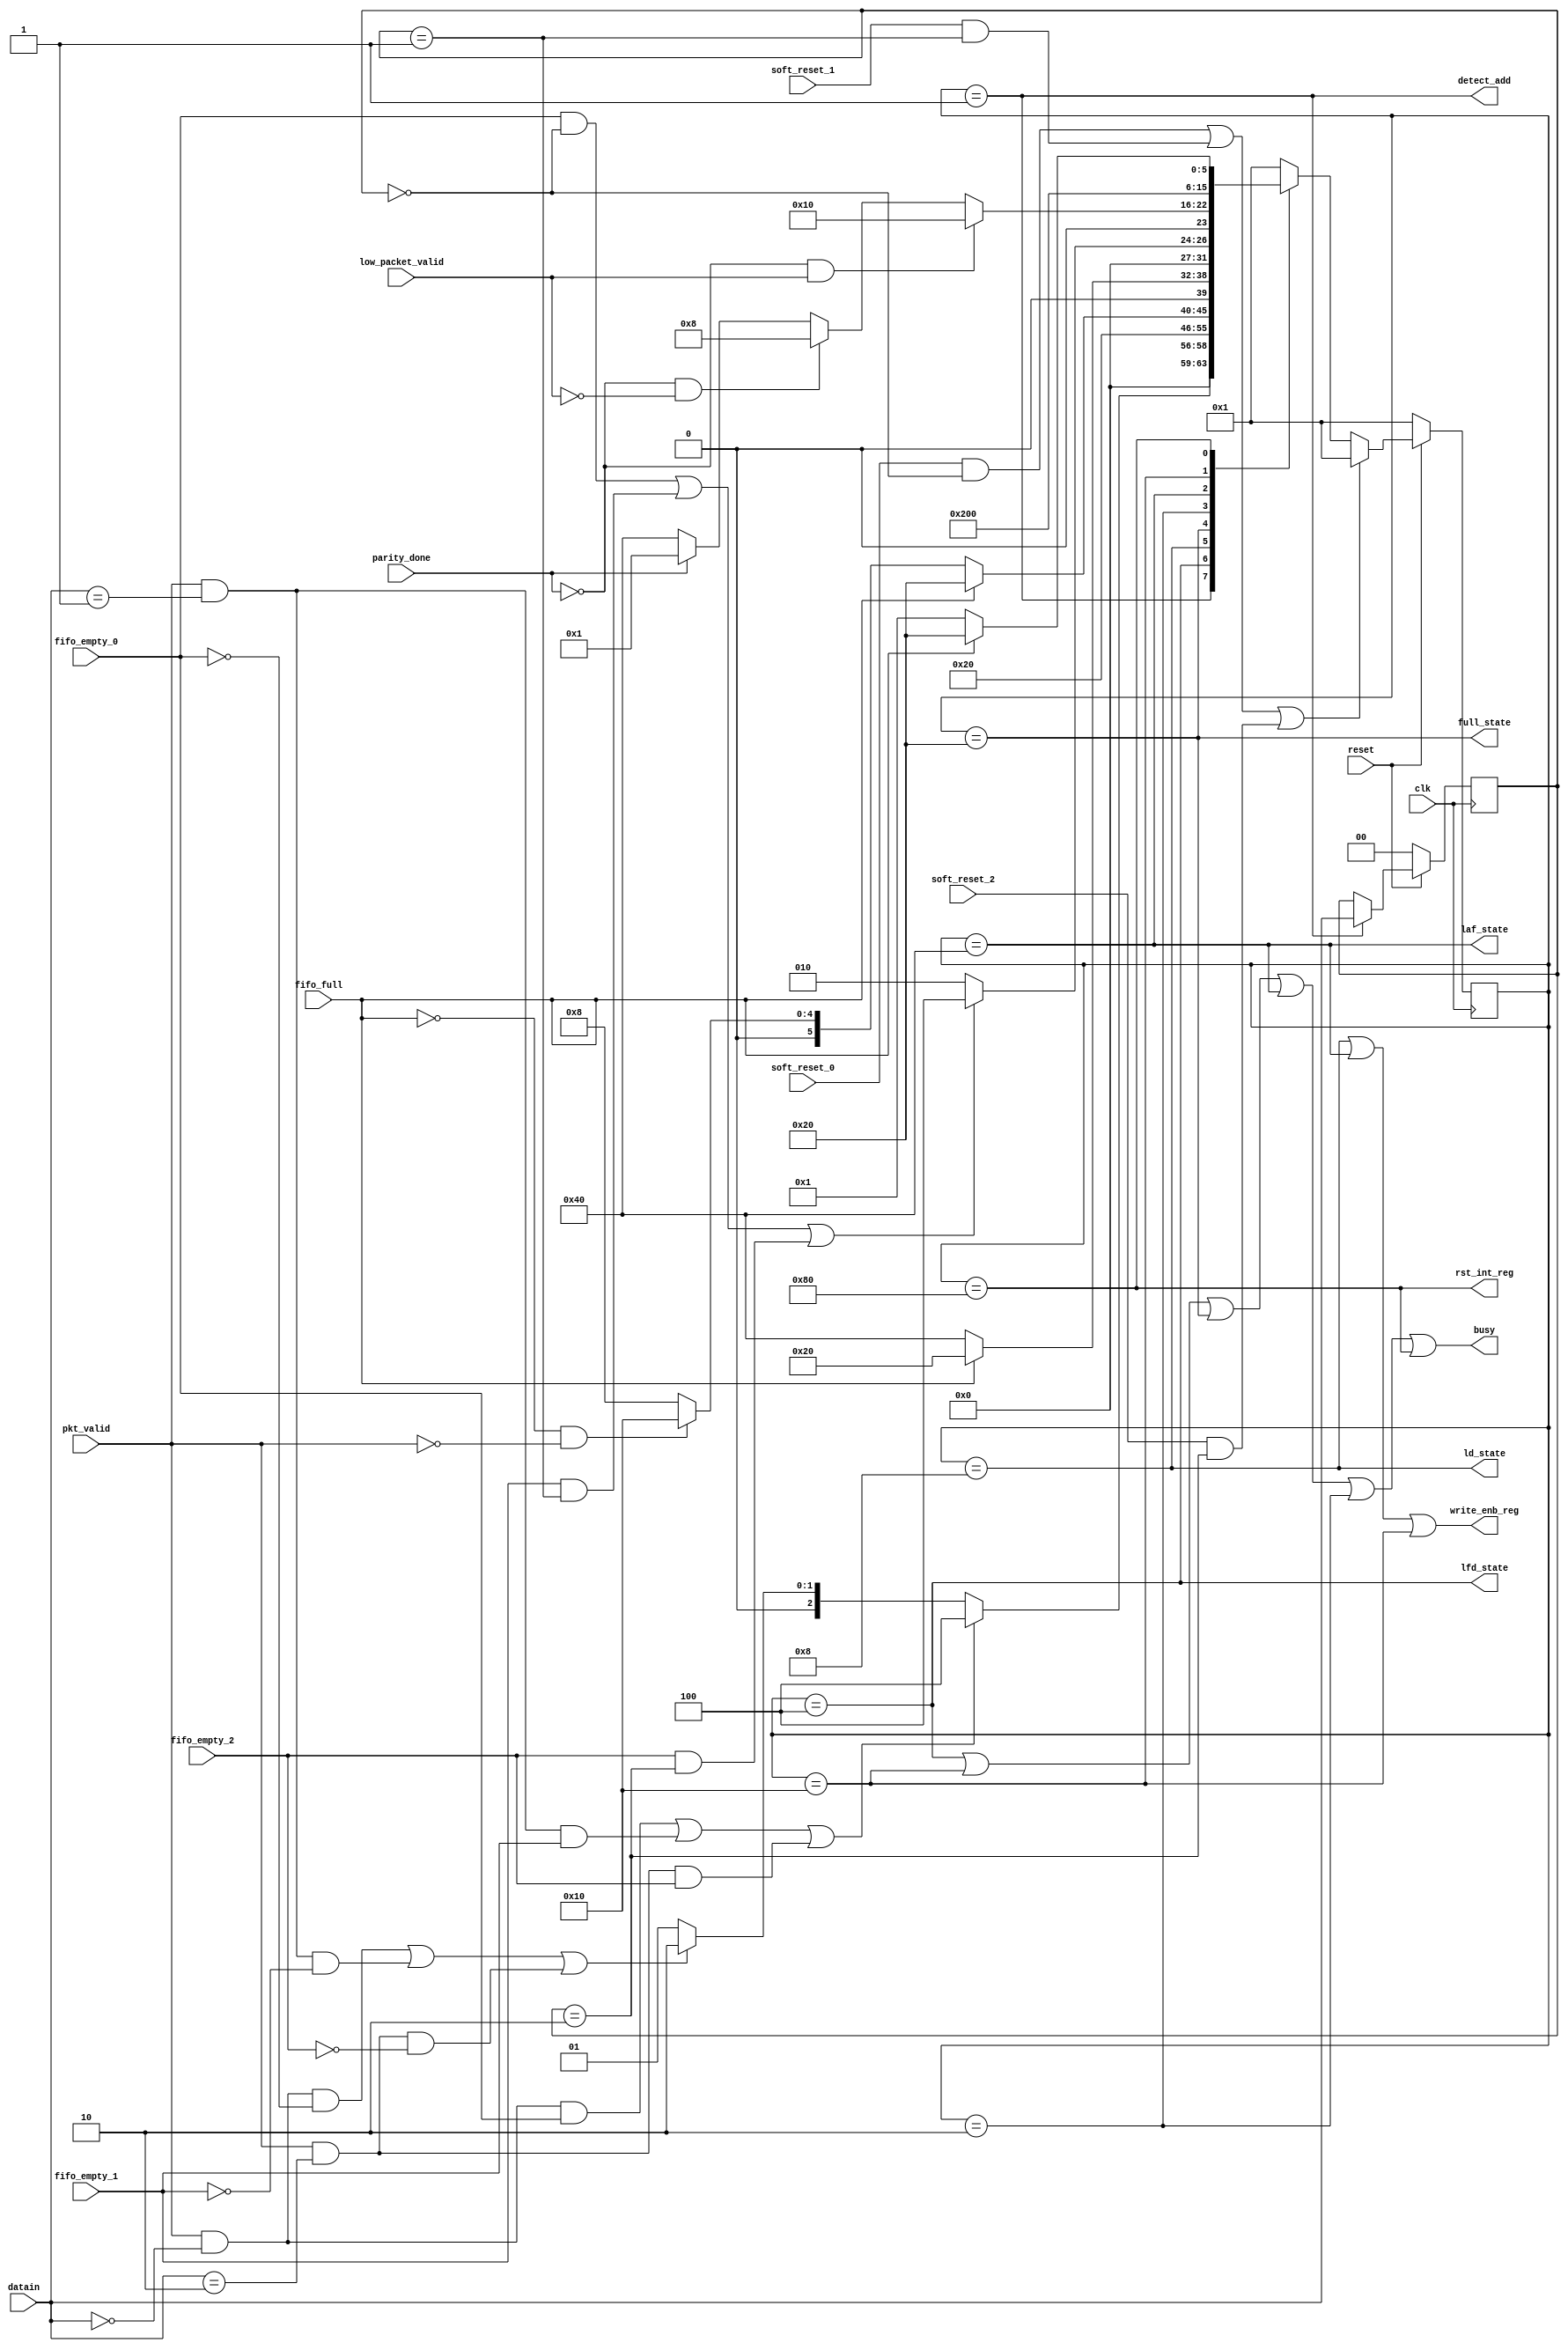
module router_fsm(input clk,reset,pkt_valid,input [1:0] datain,input fifo_full,fifo_empty_0,fifo_empty_1,fifo_empty_2,soft_reset_0,soft_reset_1,soft_reset_2,parity_done, output write_enb_reg,detect_add,ld_state,laf_state,lfd_state,full_state,rst_int_reg,busy, input low_packet_valid);

parameter       decode_address=8'b00000001,
		wait_till_empty=8'b00000010,
		load_first_data=8'b00000100,
		load_data=8'b00001000,
		load_parity=8'b00010000,
		fifo_full_state=8'b00100000,
		load_after_full=8'b01000000,
		check_parity_error=8'b10000000;

reg [7:0] present_state,next_state;
reg [1:0]temp;

always@(posedge clk)
	begin
		if(~reset)
				present_state<=decode_address;
		else if (((soft_reset_0) && (temp==2'b00)) || ((soft_reset_1) && (temp==2'b01)) || ((soft_reset_2) && (temp==2'b10)))
				 
				present_state<=decode_address;

		else
				present_state<=next_state;
			
	end
		

//temp logic
always@(posedge clk)
	begin
		if(~reset)
			temp<=2'd0;
		else if(detect_add)
		 	temp<=datain[1:0];
	end
	

//state-decode_address
always@(*)
	begin
		case(present_state)
		decode_address:
		begin
			if((pkt_valid && (datain[1:0]==0) && fifo_empty_0)|| (pkt_valid && (datain[1:0]==1) && fifo_empty_1)|| (pkt_valid && (datain[1:0]==2) && fifo_empty_2))

					next_state=load_first_data;

			else if((pkt_valid && (datain[1:0]==0) && ~fifo_empty_0)||(pkt_valid && (datain[1:0]==1) && ~fifo_empty_1)||(pkt_valid && (datain[1:0]==2) && ~fifo_empty_2))
					next_state=wait_till_empty;
				
			else 
				next_state=decode_address;	
		end


		load_first_data:next_state=load_data;
		
		load_data:
			begin

				if(fifo_full==1'b1) 
					next_state=fifo_full_state;
				else 
					begin
						if (~fifo_full && ~pkt_valid)
							next_state=load_parity;
						else
							next_state=load_data;
					end
			end


		fifo_full_state:
			begin
				if(fifo_full==0)
					next_state=load_after_full;
				else 
					next_state=fifo_full_state;
			end

		wait_till_empty:
			begin

				if((fifo_empty_0 && (temp==2'b00))||(fifo_empty_1 && (temp==2'b01))||(fifo_empty_2 && (temp==2'b10)))
					next_state=load_first_data;
	
				else
					next_state=wait_till_empty;
			end

		load_after_full:
			begin

				if(~parity_done && low_packet_valid)
					next_state=load_parity;
				else if(~parity_done && ~low_packet_valid)
					next_state=load_data;
	
				else 
					begin 
						if(parity_done==1'b1)
							next_state=decode_address;
						else
							next_state=load_after_full;
					end
				
			end

		
		load_parity:
			begin
				next_state=check_parity_error;
			end


		check_parity_error:
			begin
				if(~fifo_full)
					next_state=decode_address;
				else
					next_state=fifo_full_state;
			end

		default next_state=decode_address; 

		endcase
	end

/*output Logic
always@(*)
	begin
		case(present_state)
			decode_address:begin
					detect_add=1'b1;end
			load_first_data:begin
					busy=1'b1;lfd_state=1'b1;end
			load_data:begin
					ld_state=1'b1;busy=1'b0;write_enb_reg=1'b1;end
			load_parity:begin
					busy=1'b1;write_enb_reg=1'b1;end
			fifo_full_state:begin
					full_state=1'b1;busy=1'b1;write_enb_reg=1'b0;end
			load_after_full:begin
					laf_state=1'b1;busy=1'b1;write_enb_reg=1'b1;end
			wait_till_empty:begin
					busy=1'b1;write_enb_reg=1'b0;end
			check_parity_error:begin
					busy=1'b1;end
		endcase
	end*/

assign busy=(present_state==load_first_data)||(present_state==load_parity)||(present_state==fifo_full_state)||(present_state==load_after_full)||(present_state==wait_till_empty)||(present_state==check_parity_error);
assign lfd_state=(present_state==load_first_data);
assign ld_state=(present_state==load_data);
assign write_enb_reg=(present_state==load_data)||(present_state==load_after_full)||(present_state==load_parity);
assign full_state=(present_state==fifo_full_state);
assign laf_state=(present_state==load_after_full);
assign rst_int_reg=(present_state==check_parity_error);
//assign low_packet_valid=(present_state==load_after_full);
assign detect_add=(present_state==decode_address);

endmodule